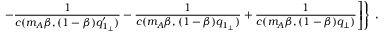
\left. \left. - \frac { 1 } { c ( m _ { A } \beta , ( 1 - \beta ) q _ { 1 _ { \perp } } ^ { \prime } ) } - \frac { 1 } { c ( m _ { A } \beta , ( 1 - \beta ) q _ { 1 _ { \perp } } ) } + \frac { 1 } { c ( m _ { A } \beta , ( 1 - \beta ) q _ { \perp } ) } \right] \right\} \; ,